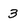
Character: 3